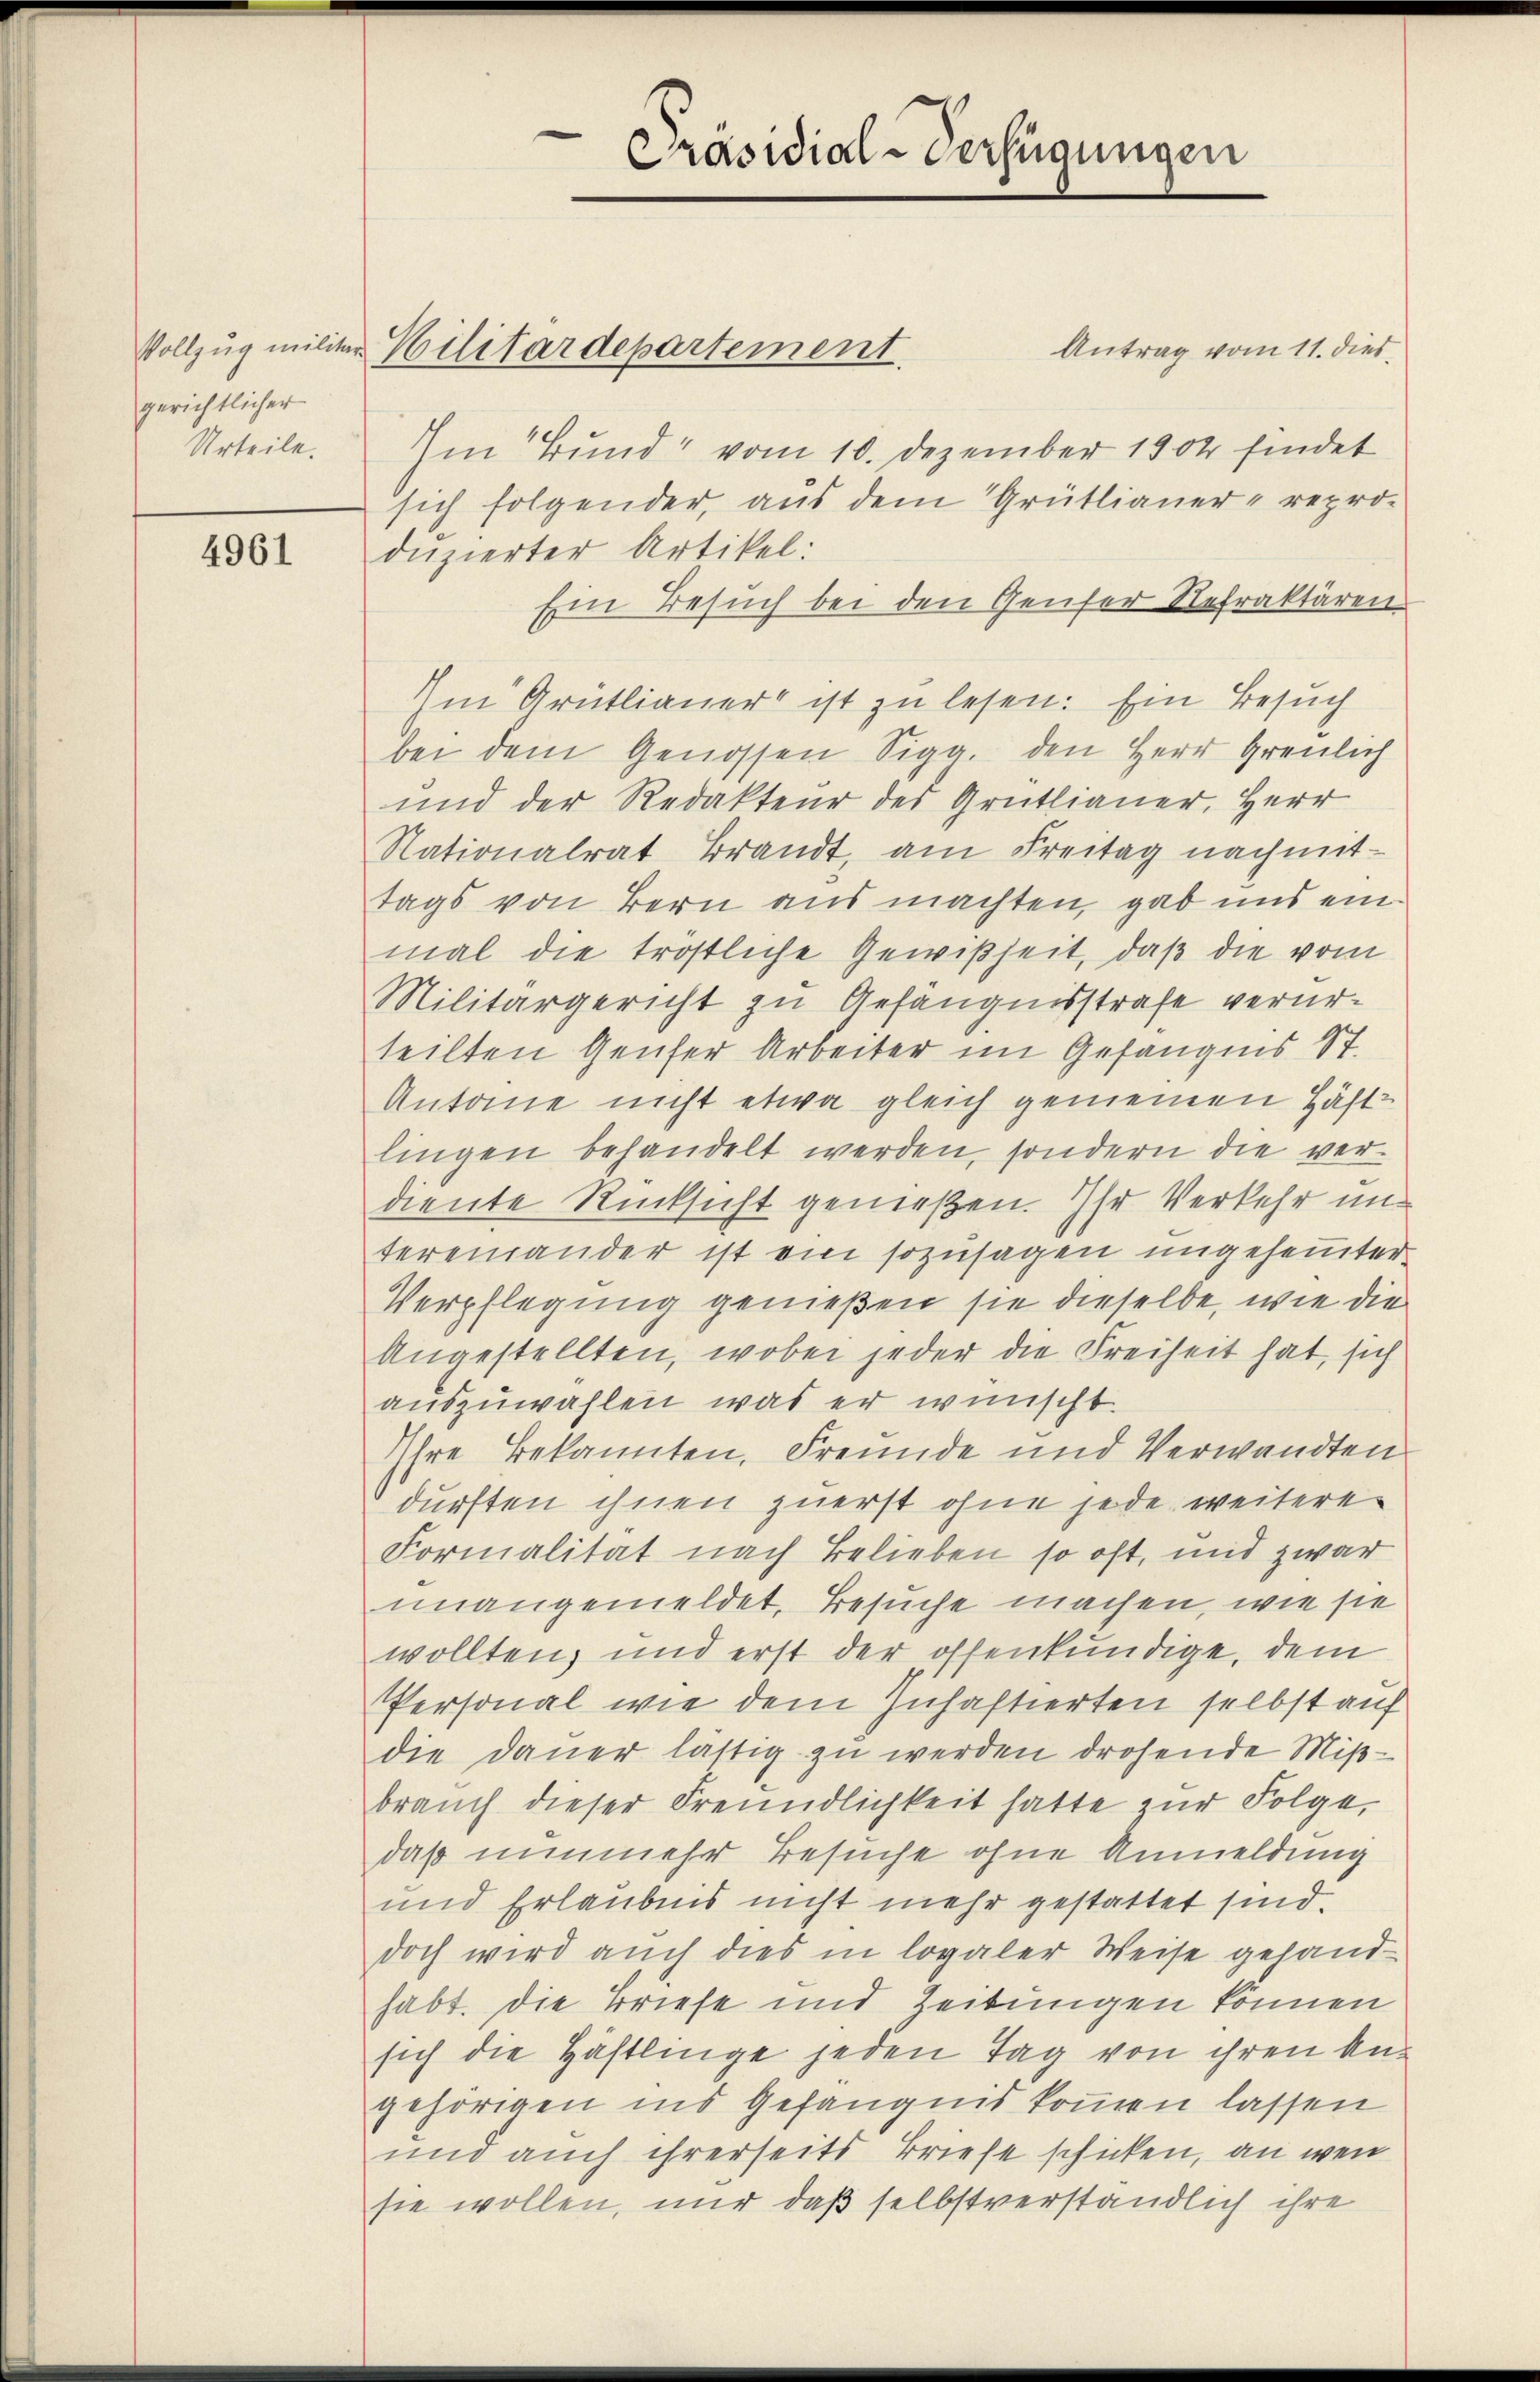
gerichtlicher

4961

Vollzug militer Militärdepartement.

duzierter Artikel:

Präsidial-Verfügungen

Antrag vom 11. dies
Urteile. Im Bund“ vom 10. Dezember 1904 findet
sich folgender, aus dem Grütlianer- repro-
Ein Besuch bei den Genfer Refraktären
Im Grütlianer ist zu lesen. Ein Besuch
bei dem Genossen Sigg. den Herr Greulich
und der Redakteur des Grütlianer, Herr
Nationalrat Brandt, am Freitag nachmit-
tags von Bern aus machten, gab uns einmal die tröstliche Gewißheit, daß die vom
Militärgericht zu Gefängnisstrafe verurteilten Genfer Arbeiter im Gefängnis St.
Antoine nicht etwa gleich gemeinen Häftlingen behandelt werden, sondern die verdiente Rücksicht genießen. Ihr Verkehr und
tereinander ist ein sozusagen ungeheinter¬
Verpflegung genießen sie dieselbe, wie die
Angestellten, wobei jeder die Freiheit hat, sich
auszuwählen, was er wünscht.
Ihre Bekannten, Freunde und Verwandten
durften ihnen zuerst ohne jede weitere
Formalität nach Belieben so oft, und zwar
unangemeldet, Besuche machen, wie sie
wollten, und erst der offenkundige, dem
Personal wie dem Inhaftierten selbst auf
die dauer lästig zu werden drohende Mißbrauch dieser Freundlichkeit hatte zur Folge,
daß nunmehr Besuche ohne Anmeldung
und Erlaubnis nicht mehr gestattet sind.
doch wird auch dies in lovaler Weise gehandhabt. Die Briefe und Zeitungen können
sich die Häftlinge jeden Tag von ihren Angehörigen ins Gefängnis kommen lassen
und auch ihrerseits Briefe schicken, an wen
sie wollen, nur daß selbstverständlich ihre